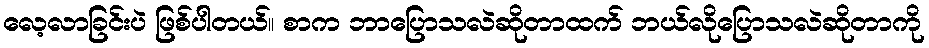
လေ့လာခြင်းပဲ ဖြစ်ပါတယ်။ စာက ဘာပြောသလဲဆိုတာထက် ဘယ်လိုပြောသလဲဆိုတာကို